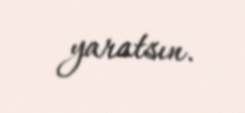
yaratsın.